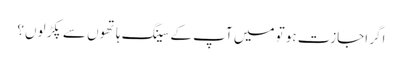
اگر اجازت ہو تو میں آپ کے سینگ ہاتھوں سے پکڑ لوں؟